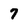
Character: 7